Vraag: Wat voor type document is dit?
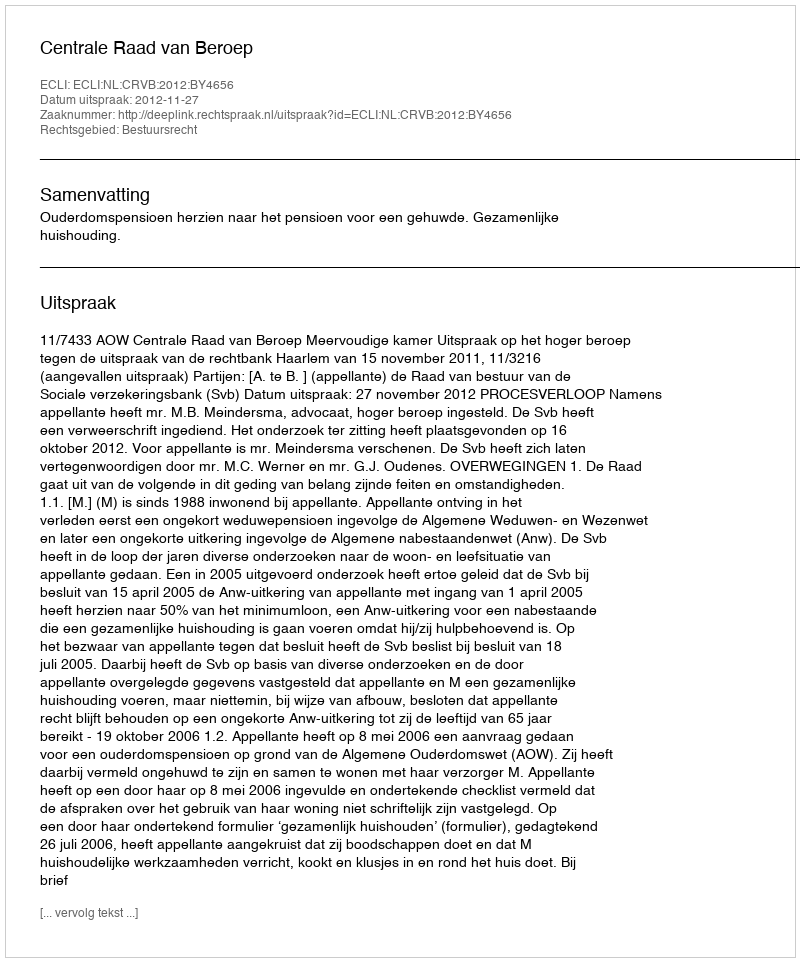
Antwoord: Uitspraak